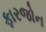
ફારજોન